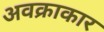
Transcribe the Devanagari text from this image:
अवक्राकार